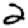
Digit: 2